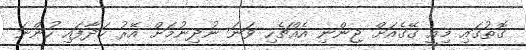
ގޮތުގައި މިއީ ގޭގެއަށް ޖިންނި އެއްޗެހި ވަނަ ނުދިނުމަށް އޭރު ހަދާފައި ހުންނަ